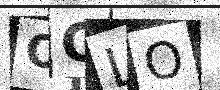
Text: OGLO